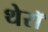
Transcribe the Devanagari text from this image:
थेरॉ